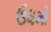
ઉધમો